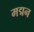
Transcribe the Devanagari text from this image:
मद्मन